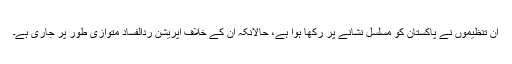
ان تنظیموں نے پاکستان کو مسلسل نشانے پر رکھا ہوا ہے، حالانکہ ان کے خلاف آپریشن ردالفساد متوازی طور پر جاری ہے۔